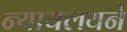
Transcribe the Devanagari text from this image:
न्यायलयने